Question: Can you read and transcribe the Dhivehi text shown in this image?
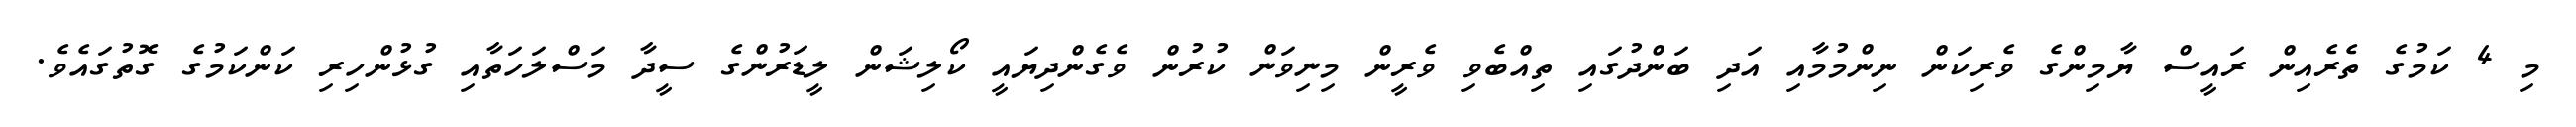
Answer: މި 4 ކަމުގެ ތެރެއިން ރައީސް ޔާމިންގެ ވެރިކަން ނިންމުމާއި އަދި ބަންދުގައި ތިއްބެވި ވެރީން މިނިވަން ކުރުން ވެގެންދިޔައީ ކޯލިޝަން ލީޑަރުންގެ ސީދާ މަސްލަހަތާއި ގުޅުންހިރި ކަންކަމުގެ ގޮތުގައެވެ.